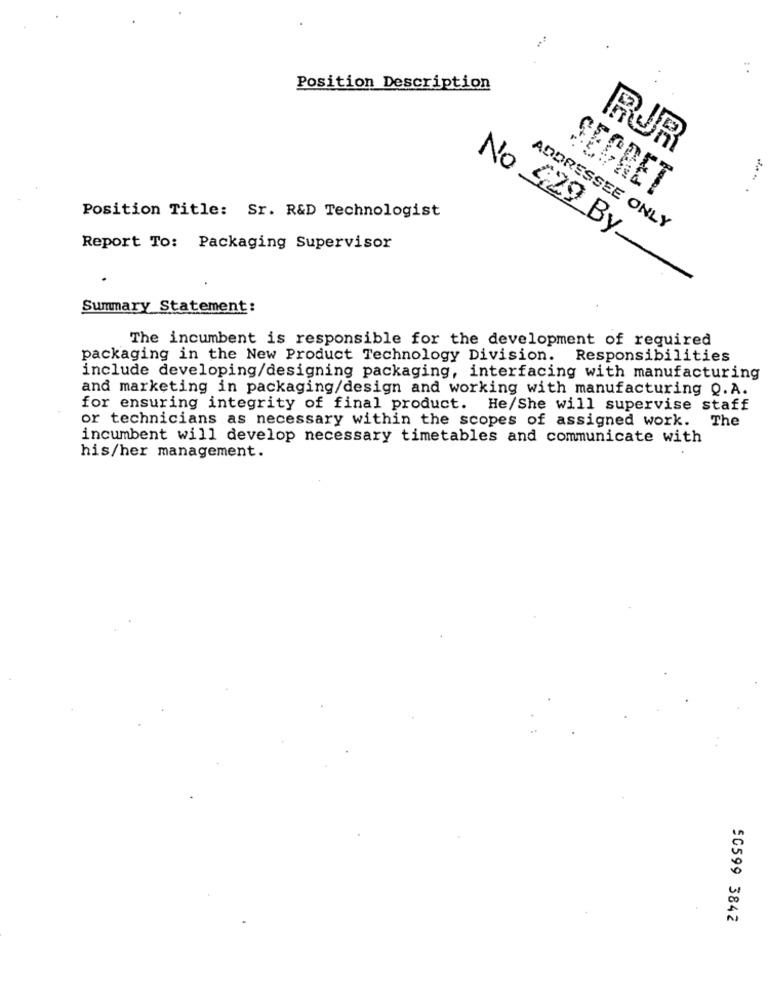
Position Description
RUR
SECRET
Position Title: Sr. R&D Technologist
ADDRESSEE ONLY
Report To: Packaging Supervisor
No 429 By
Summary Statement:
The incumbent is responsible for the development of required
packaging in the New Product Technology Division. Responsibilities
include developing/designing packaging, interfacing with manufacturing
and marketing in packaging/design and working with manufacturing Q.A.
for ensuring integrity of final product. He/She will supervise staff
or technicians as necessary within the scopes of assigned work.
The
incumbent will develop necessary timetables and communicate with
his/her management.
50599 3842